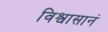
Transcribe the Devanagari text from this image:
विश्वासानं